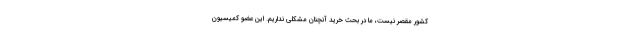
کشور مقصر نیست، ما در بحث خرید آنچنان مشکلی نداریم. این عضو کمیسیون